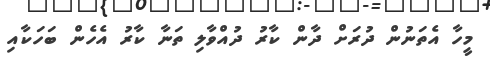
މީހާ އެތަނުން ދުރަށް ދާން ކާރު ދުއްވާލި ތަނާ ކާރު އެހެން ބަހަކާއި